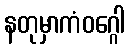
နတုမှာကံဝဂ္ဂေါ